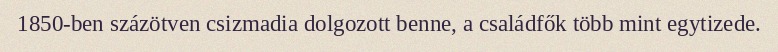
1850-ben százötven csizmadia dolgozott benne, a családfők több mint egytizede.